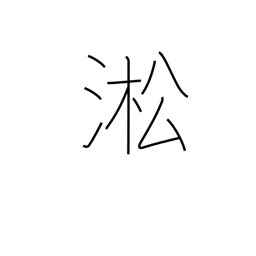
Meaning: name of a Chinese river